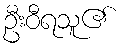
ဦးဝီရသူ၏